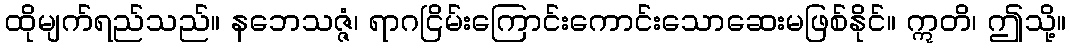
ထိုမျက်ရည်သည်။ နဘေသဇ္ဇံ၊ ရာဂငြိမ်းကြောင်းကောင်းသောဆေးမဖြစ်နိုင်။ ဣတိ၊ ဤသို့။